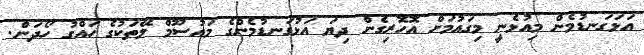
އަޅަގަނޑުމެން މިއުޅެނީ މިގައުމަށް އޮހޮރިގެން ދިޔަ އަޅުގަނޑުމެންގެ މައުސޫމް ލޭތަކުގެ ހައްގު ހޯދަން.